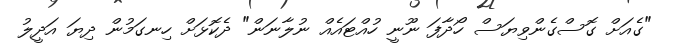
"ގެއަށް ގޮސްގެންވިޔަސް ހޯދާފަ ނޫނީ ހުއްޓައެއް ނުލާނަން" ދެކޮޅަށް ހިނގަމުން ދިޔަ އަދީލު